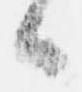
候